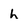
Character: h